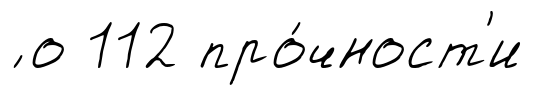
́ о 112 про́чност'и